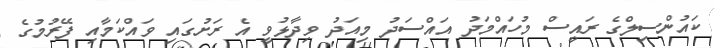
ކައުންސިލްގެ ރައީސް މުހައްމަދު އައްސަދު މިއަދު ވިދާޅުވީ އެ ރަށުގައި ވައްކަމާއި ފޭރުމުގެ